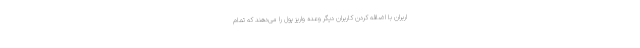
اربران با اضافه کردن کاربران دیگر وعده واریز پول را می‌دهند که تمام